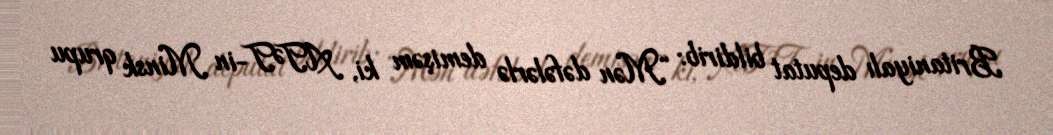
Britaniyalı deputat bildirib: “Mən dəfələrlə demişəm ki, ATƏT-in Minsk qrupu